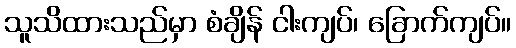
သူသိထားသည်မှာ စံချိန် ငါးကျပ်၊ ခြောက်ကျပ်။